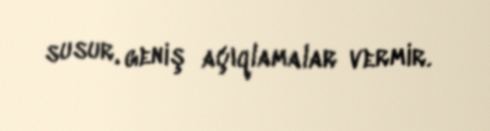
susur, geniş açıqlamalar vermir.